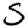
Digit: 5